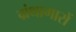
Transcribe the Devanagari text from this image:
ग्रंथागारों